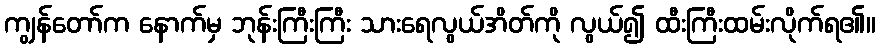
ကျွန်တော်က နောက်မှ ဘုန်းကြီးကြီး သားရေလွယ်အိတ်ကို လွယ်၍ ထီးကြီးထမ်းလိုက်ရ၏။